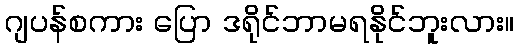
ဂျပန်စကား ပြော ဒရိုင်ဘာမရနိုင်ဘူးလား။